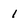
Character: 1